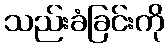
သည်းခံခြင်းကို